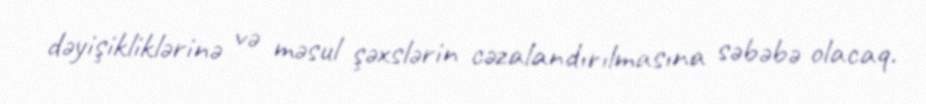
dəyişikliklərinə və məsul şəxslərin cəzalandırılmasına səbəbə olacaq.